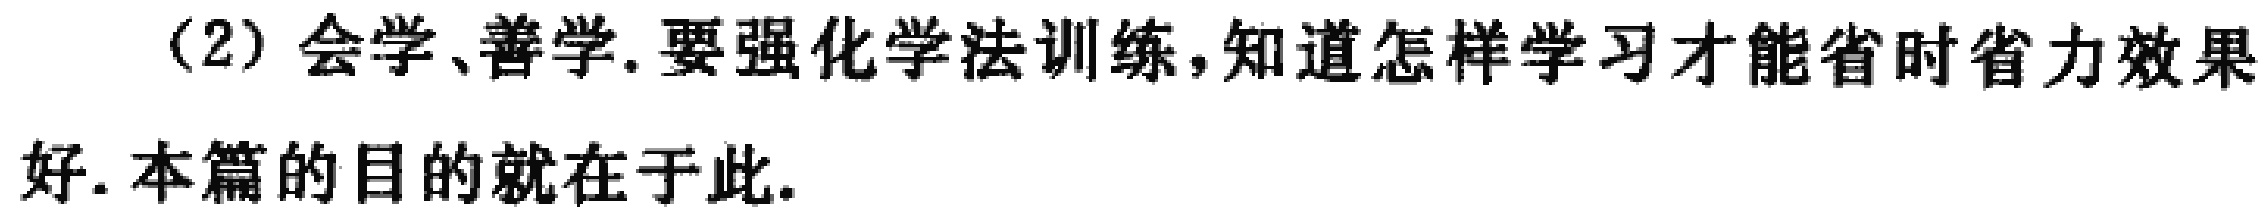
(2) 会学、善学.要强化学法训练,知道怎样学习才能省时省力效果好. 本篇的目的就在于此.